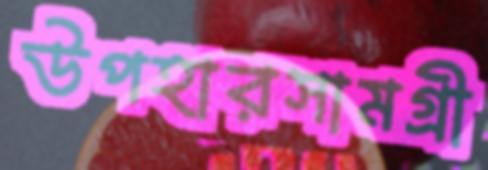
উপহারসামগ্রী